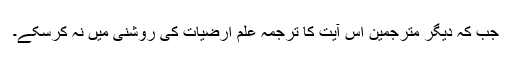
جب کہ دیگر مترجمین اس آیت کا ترجمہ علمِ ارضیات کی روشنی میں نہ کرسکے۔